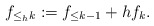
\begin{align*}f_{\leq_h k} := f_{\leq k - 1} + h f_k.\end{align*}